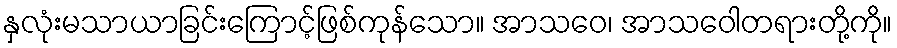
နှလုံးမသာယာခြင်းကြောင့်ဖြစ်ကုန်သော။ အာသဝေ၊ အာသဝေါတရားတို့ကို။